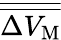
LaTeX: \overline{{\overline{{\Delta V_{\mathrm M}}}}}